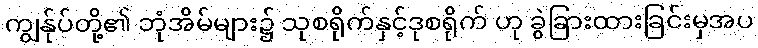
ကျွန်ုပ်တို့၏ ဘုံအိမ်များ၌ သုစရိုက်နှင့်ဒုစရိုက် ဟု ခွဲခြားထားခြင်းမှအပ